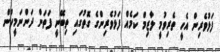
ފަޅުވެރިން އެހީ ތެރިވުމީ ލާޒިމް ކަމެއް ފަޅުވެރިންގެ ގޮތުގައި ތިބޭނީ ފަތަން ދަންނަމީހުން